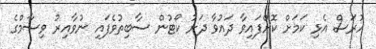
ހުރަސް އެޅި ކަމަށް ކޮށްފައިވާ ދައުވާ ދަށު ކޯޓުން ސާބިތުވެފައި ނުވާއިރު ވިސާމްގެ